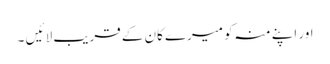
اور اپنے منہ کو میرے کان کے قریب لا ئیں ۔